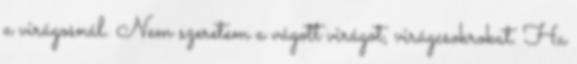
a virágosnál. Nem szeretem a vágott virágot, virágcsokrokat. Ha